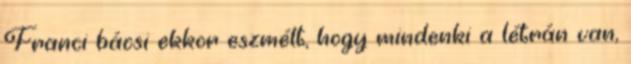
Franci bácsi ekkor eszmélt, hogy mindenki a létrán van,